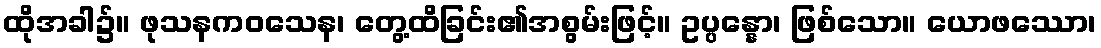
ထိုအခါ၌။ ဖုသနကဝသေန၊ တွေ့ထိခြင်း၏အစွမ်းဖြင့်။ ဥပ္ပန္နော၊ ဖြစ်သော။ ယောဖဿော၊